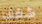
شغف